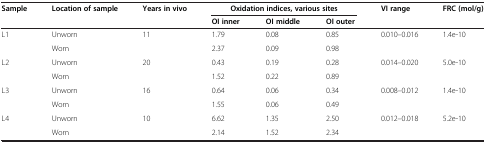
<table><thead><tr><td><b>Sample</b></td><td><b>Location of sample</b></td><td><b>Years in vivo</b></td><td colspan="3"><b>Oxidation indices, various sites</b></td><td><b>VI range</b></td><td><b>FRC (mol/g)</b></td></tr><tr><td><b> </b></td><td></td><td></td><td><b>OI inner</b></td><td><b>OI middle</b></td><td><b>OI outer</b></td><td></td><td></td></tr></thead><tbody><tr><td>L1</td><td>Unworn</td><td rowspan="2">11</td><td>1.79</td><td>0.08</td><td>0.85</td><td rowspan="2">0.010–0.016</td><td rowspan="2">1.4e-10</td></tr><tr><td> </td><td>Worn</td><td>2.37</td><td>0.09</td><td>0.98</td></tr><tr><td>L2</td><td>Unworn</td><td rowspan="2">20</td><td>0.43</td><td>0.19</td><td>0.28</td><td rowspan="2">0.014–0.020</td><td rowspan="2">5.0e-10</td></tr><tr><td> </td><td>Worn</td><td>1.52</td><td>0.22</td><td>0.89</td></tr><tr><td>L3</td><td>Unworn</td><td rowspan="2">16</td><td>0.64</td><td>0.06</td><td>0.34</td><td rowspan="2">0.008–0.012</td><td rowspan="2">1.4e-10</td></tr><tr><td> </td><td>Worn</td><td>1.55</td><td>0.06</td><td>0.49</td></tr><tr><td>L4</td><td>Unworn</td><td rowspan="2">10</td><td>6.62</td><td>1.35</td><td>2.50</td><td rowspan="2">0.012–0.018</td><td rowspan="2">5.2e-10</td></tr><tr><td> </td><td>Worn</td><td>2.14</td><td>1.52</td><td>2.34</td></tr></tbody></table>